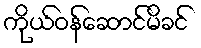
ကိုယ်ဝန်ဆောင်မိခင်